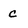
Character: c